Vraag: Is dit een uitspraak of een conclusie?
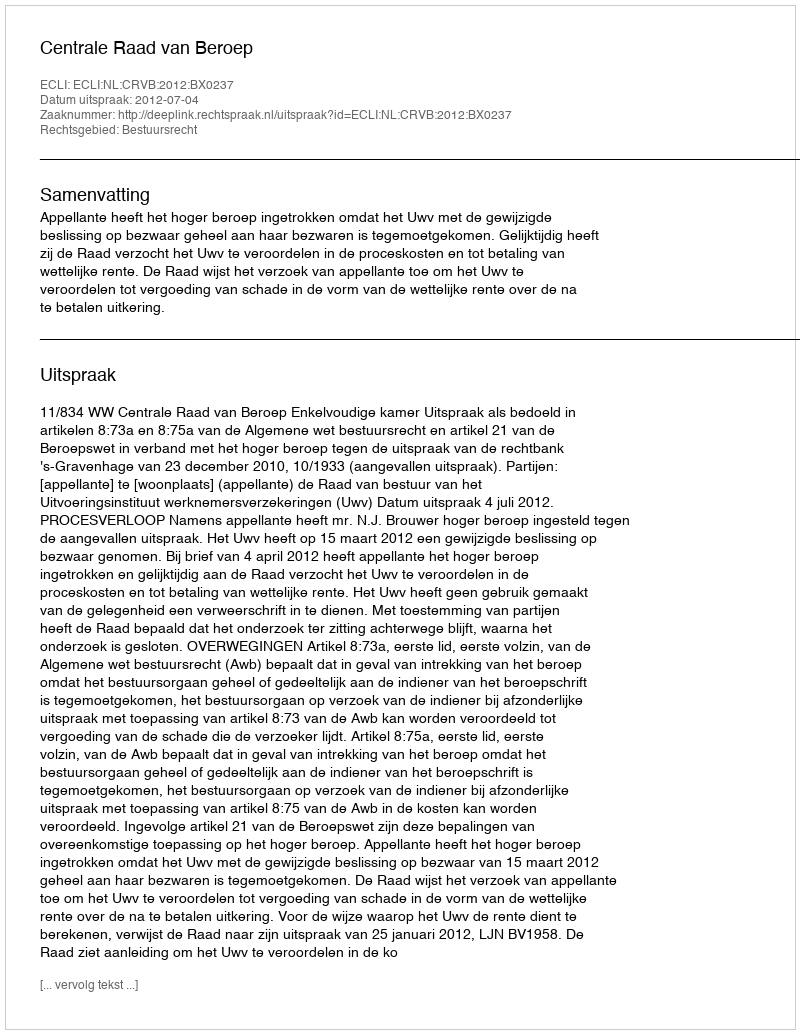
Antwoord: Uitspraak